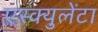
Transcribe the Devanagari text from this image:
एस्क्युलेंटा